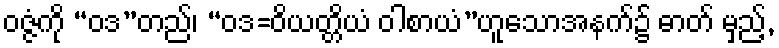
ဝဇ္ဇံကို “ဝဒ”တည်၊ “ဝဒ=ဝိယတ္တိယံ ဝါစာယံ”ဟူသောအနက်၌ ဓာတ် မှည့်,